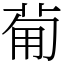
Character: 𤰈